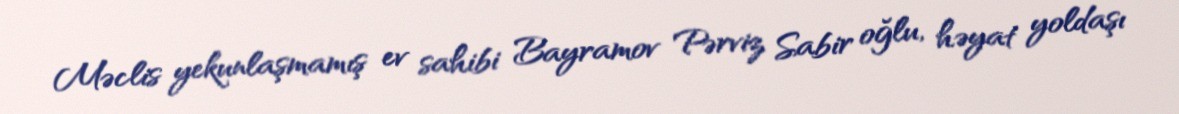
Məclis yekunlaşmamış ev sahibi Bayramov Pərviz Sabir oğlu, həyat yoldaşı